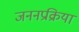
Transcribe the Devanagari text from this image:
जननप्रक्रिया